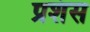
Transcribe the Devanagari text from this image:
प्रशंस